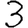
Digit: 3